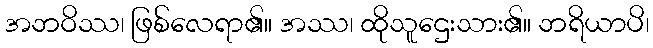
အဘဝိဿ၊ ဖြစ်လေရာ၏။ အဿ၊ ထိုသူဌေးသား၏။ ဘရိယာပိ၊